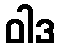
ဝါဒ